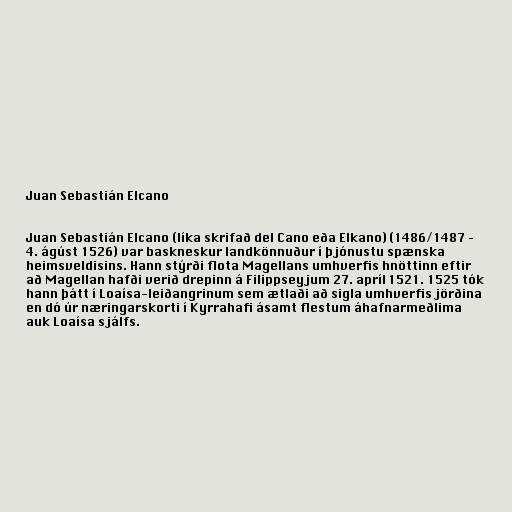
Juan Sebastián Elcano

Juan Sebastián Elcano (líka skrifað del Cano eða Elkano) (1486/1487 –
4. ágúst 1526) var baskneskur landkönnuður í þjónustu spænska
heimsveldisins. Hann stýrði flota Magellans umhverfis hnöttinn eftir
að Magellan hafði verið drepinn á Filippseyjum 27. apríl 1521. 1525 tók
hann þátt í Loaísa-leiðangrinum sem ætlaði að sigla umhverfis jörðina
en dó úr næringarskorti í Kyrrahafi ásamt flestum áhafnarmeðlima
auk Loaísa sjálfs.